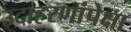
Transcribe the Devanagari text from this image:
उदाहरणांपेक्षा